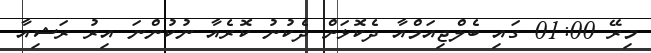
މިރޭ 01:00 ގައި ބެލްޖިއަމްއާ ދެކޮޅަށް ދެކުނު ކޮރެއާ ނުކުންނަ އިރު ރަޝިއާ